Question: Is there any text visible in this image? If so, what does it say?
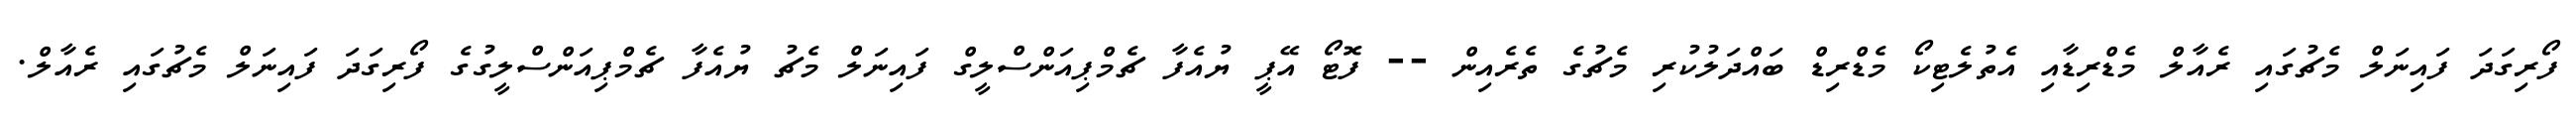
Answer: ފޯރިގަދަ ފައިނަލް މެޗުގައި ރެއާލް މެޑްރިޑާއި އެތުލެޓިކޯ މެޑްރިޑް ބައްދަލުކުރި މެޗުގެ ތެރެއިން -- ފޮޓޯ އޭޕީ ޔުއެފާ ޗެމްޕިއަންސްލީގް ފައިނަލް މެޗު ޔުއެފާ ޗެމްޕިއަންސްލީގުގެ ފޯރިގަދަ ފައިނަލް މެޗުގައި ރެއާލް.